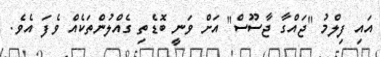
އައި ފިލްމު "ޖައްގާ ޖާސޫސް" އަށް ވަނީ ބޮޑެތި ގެއްލުންތަކެއް ވެފަ އެވެ.